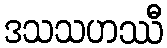
ဒသသဟဿီ